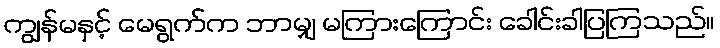
ကျွန်မနှင့် မေရွက်က ဘာမျှ မကြားကြောင်း ခေါင်းခါပြကြသည်။